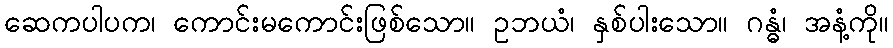
ဆေကပါပက၊ ကောင်းမကောင်းဖြစ်သော။ ဥဘယံ၊ နှစ်ပါးသော။ ဂန္ဓံ၊ အနံ့ကို။